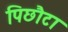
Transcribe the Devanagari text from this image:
पिछौटा